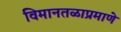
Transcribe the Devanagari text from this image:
विमानतळाप्रमाणे